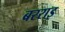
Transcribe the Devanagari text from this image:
बरराइ